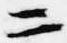
二